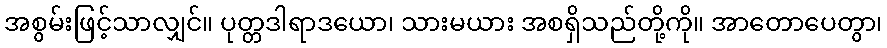
အစွမ်းဖြင့်သာလျှင်။ ပုတ္တဒါရာဒယော၊ သားမယား အစရှိသည်တို့ကို။ အာတောပေတွာ၊